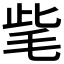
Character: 𣭁